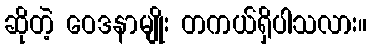
ဆိုတဲ့ ဝေဒနာမျိုး တကယ်ရှိပါသလား။